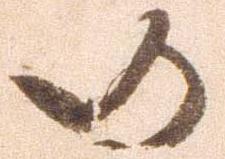
仍